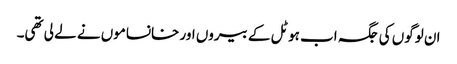
ان لوگوں کی جگہ اب ہوٹل کے بیروں اور خانساموں نے لے لی تھی۔